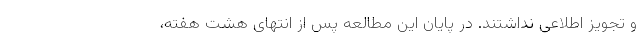
و تجویز اطلاعی نداشتند. در پایان این مطالعه پس از انتهای هشت هفته،